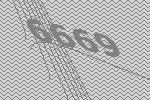
6669